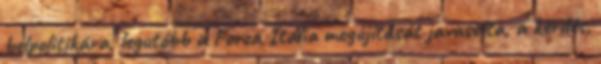
belpolitikára, legutóbb a Forza Italia megújítását javasolta, a kérdés,